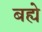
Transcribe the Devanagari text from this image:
बह्ये